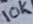
Text: 10K